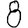
Digit: 8